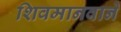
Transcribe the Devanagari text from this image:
शिवमानवाने